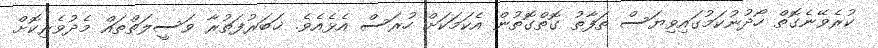
ކުރެވޭނެގޮތް ހޯދުނުކަމުގައިވިޔަސް ތަފާތު ގޮތްގޮތުން އެކަމަކަށް ހުރަސް އެޅެއެވެ. ޚަބަރުފަތުރާ ވަސީލަތްތައް މެދުވެރިކޮށް